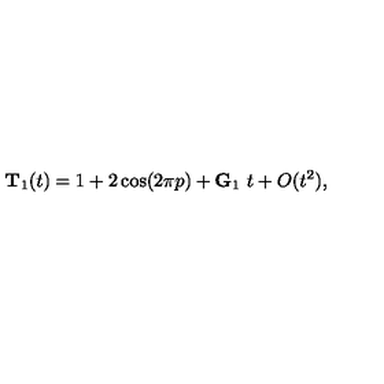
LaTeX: { \bf T } _ { 1 } ( t ) = 1 + 2 \cos ( 2 \pi p ) + { \bf G } _ { 1 } \ t + O ( t ^ { 2 } ) ,